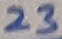
Text: 23